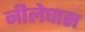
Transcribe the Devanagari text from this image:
नीलेघास